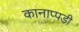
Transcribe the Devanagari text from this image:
कानाप्पडी